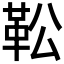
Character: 𩉭